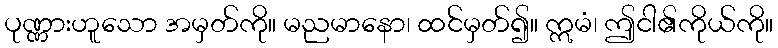
ပုဏ္ဏားဟူသော အမှတ်ကို။ မညမာနော၊ ထင်မှတ်၍။ ဣမံ၊ ဤငါ၏ကိုယ်ကို။